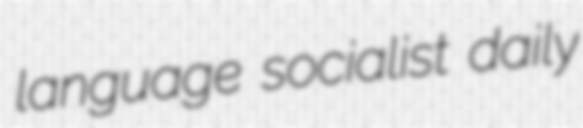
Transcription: language socialist daily